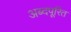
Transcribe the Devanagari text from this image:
अब्दपूरित